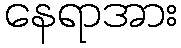
နေရာအား